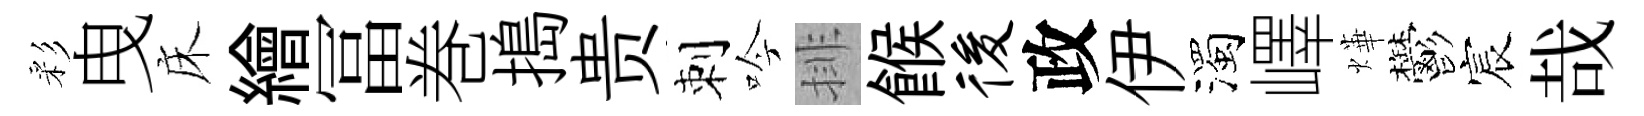
彩曳床繪冨巻搗贵刺吟排餱後政伊濁嶧燁鬱宸哉